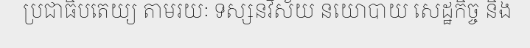
ប្រជាធិបតេយ្យ តាមរយៈ ទស្សនវិស័យ នយោបាយ សេដ្ឋកិច្ច និង